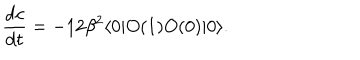
LaTeX: { \frac { \mathrm { d } c } { \mathrm { d } t } } = - 1 2 \beta ^ { 2 } \langle 0 | O ( 1 ) O ( 0 ) | 0 \rangle .